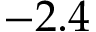
- 2 . 4